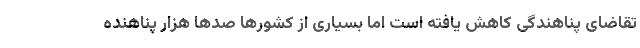
تقاضای پناهندگی کاهش یافته است اما بسیاری از کشورها صدها هزار پناهنده